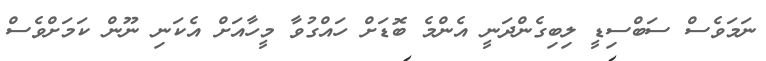
ނަަމަވެސް ސަބްސިޑީ ލިބިގެންދަނީ އެންމެ ބޮޑަށް ހައްގުވާ މީހާއަށް އެކަނި ނޫން ކަމަށްވެސް